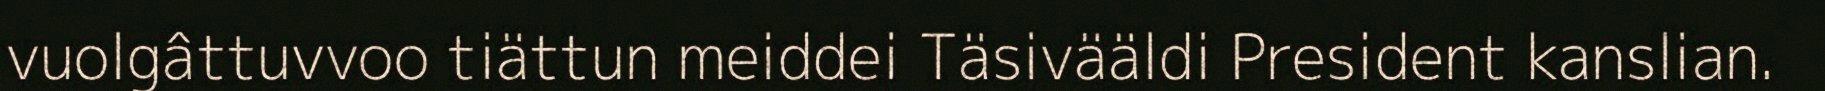
vuolgâttuvvoo tiättun meiddei Täsivääldi President kanslian.